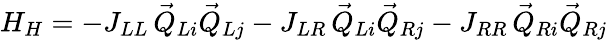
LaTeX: H_{H}=-J_{LL}\, \vec{Q}_{Li}\vec{Q}_{Lj}-J_{LR}\, \vec{Q}_{Li}\vec{Q}_{Rj}-J_{RR}\, \vec{Q}_{Ri}\vec{Q}_{Rj}